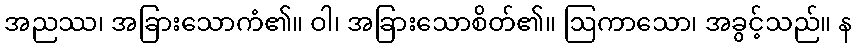
အညဿ၊ အခြားသောကံ၏။ ဝါ၊ အခြားသောစိတ်၏။ ဩကာသော၊ အခွင့်သည်။ န